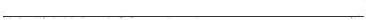
___